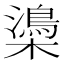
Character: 𣝨